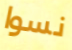
نسوا